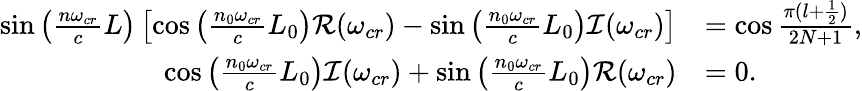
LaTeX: \begin{array}{rl}{\sin\left(\frac{n\omega_{cr}}{c}L\right)\left[\cos\left(\frac{n_{0}\omega_{cr}}{c}L_{0}\right)\mathcal{R}(\omega_{cr})-\sin\left(\frac{n_{0}\omega_{cr}}{c}L_{0}\right)\mathcal{I}(\omega_{cr})\right]}&{=\cos\frac{\pi(l+\frac{1}{2})}{2N+1},}\\ {\cos\left(\frac{n_{0}\omega_{cr}}{c}L_{0}\right)\mathcal{I}(\omega_{cr})+\sin\left(\frac{n_{0}\omega_{cr}}{c}L_{0}\right)\mathcal{R}(\omega_{cr})}&{=0.}\end{array}